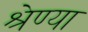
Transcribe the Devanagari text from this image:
श्रेण्या